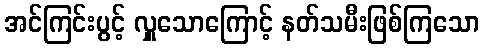
အင်ကြင်းပွင့် လှူသောကြောင့် နတ်သမီးဖြစ်ကြသော